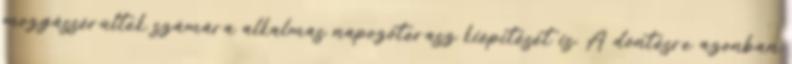
mozgássérültek számára alkalmas napozóterasz kiépítését is. A döntésre azonban